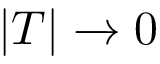
| T | \xrightarrow { } 0